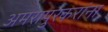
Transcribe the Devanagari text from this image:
अमरापुरकरांना